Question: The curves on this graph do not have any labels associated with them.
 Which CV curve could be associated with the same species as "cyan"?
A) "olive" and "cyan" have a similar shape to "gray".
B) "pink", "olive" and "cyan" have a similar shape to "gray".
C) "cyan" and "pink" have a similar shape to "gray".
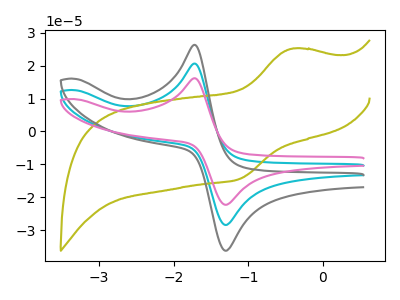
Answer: <think>The cyan curve "cyan" has an anodic peak at (-1.70V, 20.70uA) and a cathodic peak at (-1.30V, -28.40uA). The olive curve "olive" has an anodic peak at (-0.40V, 25.20uA) and a cathodic peak at (-1.10V, -14.45uA). The gray curve "gray" has an anodic peak at (-1.70V, 26.35uA) and a cathodic peak at (-1.30V, -36.25uA). The pink curve "pink" has an anodic peak at (-1.70V, 41.35uA) and a cathodic peak at (-1.30V, -56.85uA).
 "cyan" and "olive" have at least one peak that do not match. All the peaks in "cyan" have a peak in "gray" at the same potential. Every peak in "cyan" is lower than every peak in "gray". All the peaks in "cyan" have a peak in "pink" at the same potential. Every peak in "cyan" is lower than every peak in "pink". "olive" and "gray" have at least one peak that do not match. "olive" and "pink" have at least one peak that do not match. All the peaks in "gray" have a peak in "pink" at the same potential. Every peak in "gray" is lower than every peak in "pink".</think>
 <answer>C) "cyan" and "pink" have a similar shape to "gray".</answer>
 <eval>C</eval>